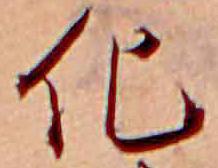
化